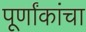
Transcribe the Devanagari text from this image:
पूर्णांकांचा